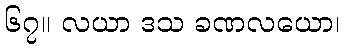
၆၇။ လယာ ဒသ ခဏလယော၊